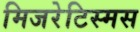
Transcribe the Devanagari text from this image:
मिजरेटिस्मस